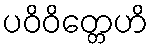
ပဝိဝိတ္တေဟိ